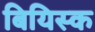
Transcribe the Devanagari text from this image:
बियिस्क